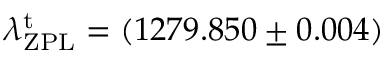
\lambda _ { \mathrm { Z P L } } ^ { \mathrm { t } } = ( 1 2 7 9 . 8 5 0 \pm 0 . 0 0 4 )